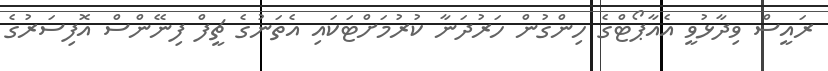
ރައީސް ވިދާޅުވީ އެއާޕޯޓްގެ ހިންގުން ހަރުދަނާ ކުރުމަށްޓަކައި އެތަނުގެ ޗީފް ފިނޭންސް އޮފިސަރުގެ